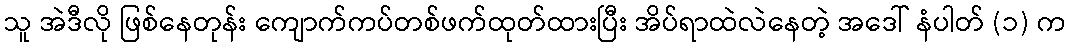
သူ အဲဒီလို ဖြစ်နေတုန်း ကျောက်ကပ်တစ်ဖက်ထုတ်ထားပြီး အိပ်ရာထဲလဲနေတဲ့ အဒေါ် နံပါတ် (၁) က